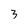
Character: 3